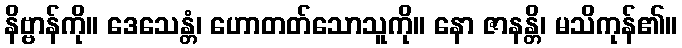
နိဗ္ဗာန်ကို။ ဒေသေန္တံ၊ ဟောတတ်သောသူကို။ နော ဇာနန္တိ၊ မသိကုန်၏။